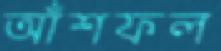
আঁশফল